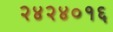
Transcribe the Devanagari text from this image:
२४२४०१६